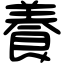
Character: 養